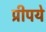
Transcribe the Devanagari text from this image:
प्रीपये